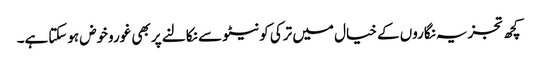
کچھ تجزیہ نگاروں کے خیال میں ترکی کو نیٹو سے نکالنے پر بھی غوروخوض ہوسکتاہے۔